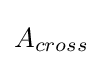
{A_{cross}}\,\!